Lunatic asylums in Bengal annual reports 1899-1911 - 1899-1911
Year: 1899
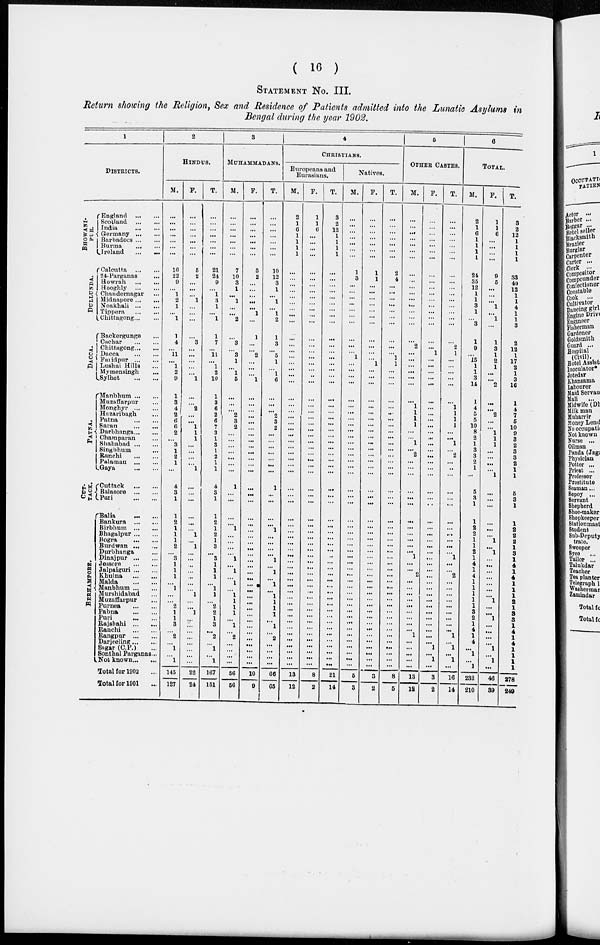
( 16 )
STATEMENT No. III.
Return showing the Religion, Sex and Residence of Patients admitted into the Lunatic Asylums in
Bengal during the year 1902.
1
DISTRICTS.
B HOWANIP -
PUR.
DULLUNDA.
DACCA.
PATNA.
CUT-
TACK.
BERHAMPORE.
England
...
...
Scotland
...
...
India
...
...
Germany ... ...
Barbadoes ... ...
Burma
...
...
Ireland
...
...
Calcutta
...
...
24-Parganas ...
Howrah
...
...
Hooghly
...
...
Chandernagar ...
Midnapore ... ...
Noakhali
...
...
Tippera
...
...
Chittagong ... ...
Backergunge ...
Cachar
...
...
Chittagong ... ...
Dacca
...
...
Faridpur
...
...
Lushai Hills ...
Mymensingh ...
Sylhet
...
...
Manbhum ... ...
Muzuffarpur ...
Monghyr
...
...
Hazaribagh ...
Patna
...
...
Saran
...
...
Darbhanga ... ...
Champaran ...
Shahabad ... ...
Singbhum ...
Ranchi
...
...
Palaumu ... ...
Gaya ... ...
Cuttack
...
...
Balasore
...
...
Puri
...
...
Balia
...
...
Bankura
...
...
Birbhum
...
...
Bhagalpur ... ...
Bogra
...
...
Burdwan ... ...
Durbhanga ...
Dinajpur
...
...
Jessore
...
...
Jalpaiguri ... ...
Khulna
...
...
Malda
...
...
Manbhum ... ...
Murshidabad ...
Muzaffarpur ... ...
Purnea
...
...
Pabna
...
...
Puri
...
...
Rajsbahi
...
...
Ranchi
...
...
Rangpur
...
...
Darjeeling ... ...
Sagar (C.P.) ...
Sonlhal Parganas ...
Not known ... ...
Total for 1902 ...
Total for 1901 ...
2
HINDUS.
M.
...
...
...
...
...
...
...
16
22
9
...
1
2
1
...
1
1
4
...
11
...
1
2
9
1
3
4
2
6
6
2
...
3
1
2
1
...
4
3
1
1
2
1
1
1
2
...
3
1
1
1
...
1
...
...
2
1
1
3
...
2
...
1
...
1
145
127
F.
...
... ...
...
...
...
5
2
...
...
...
1
...
...
...
...
3
...
...
...
...
...
1
...
...
2
...
...
1
1
1
... ...
...
...
1
...
...
...
...
...
...
1
...
1
...
...
...
...
...
...
...
1
...
...
1
...
...
...
...
...
...
...
...
22
24
T.
...
...
...
...
...
...
...
21
24
9
...
1
3
1
...
1
1
7
...
11
...
1
2
10
1
3
6
2
6
7
3
1
3
1
2 1
1
4
3
1
1
2
1
2
1
3
...
3
1
1
1
...
1
1
...
2
2
1
3
...
2
...
1
...
1
167
161
3
MUHAMMADANS.
M.
...
...
...
...
...
...
7
10
3
1
...
1
...
...
2
...
3
...
3
1
...
1
5
...
...
...
2
3
2
...
...
... ...
...
...
...
1
...
...
...
...
1
...
...
...
...
1
...
1
...
1
...
1
1
1
1
...
1
...
2
...
...
...
...
56
56
F.
...
...
...
...
...
...
...
3
2
...
...
...
...
...
1
...
1
...
...
2
...
...
...
1
...
...
...
...
...
...
...
...
... ...
...
...
...
...
...
...
...
...
...
...
...
...
...
...
...
...
...
...
...
...
...
...
...
...
...
...
...
...
...
...
...
10
9
T.
...
...
...
...
...
...
...
10
12
3
1
...
1
...
1
2
1
3
...
5
1
...
1
6
...
...
...
2
3
2
...
...
... ...
...
...
...
1
...
...
...
...
1
...
...
...
...
1
...
1
...
1
...
1
1
1
1
...
1
...
2
...
...
...
...
66
65
4
CHRISTIANS.
Europeans and
Eurasians.
M.
2
1
6
1
1
1
1
...
...
...
...
...
...
...
...
...
...
...
...
...
...
...
...
...
...
...
...
...
...
...
...
...
... ...
...
...
...
...
...
...
...
...
...
...
...
...
...
...
...
...
...
...
...
...
...
...
...
...
...
...
...
...
...
...
...
13
12
F.
1
1
6
...
...
...
...
...
...
...
...
...
...
...
...
...
...
...
...
...
...
...
...
...
...
...
...
...
...
...
...
...
... ...
...
...
...
...
...
...
...
...
...
...
...
...
...
...
...
...
...
...
...
...
...
...
...
...
...
...
...
...
...
...
...
8
2
T.
3
2
12
1
1
1
1
...
...
...
...
...
...
...
...
...
...
...
...
...
...
...
...
...
...
...
...
...
...
...
...
...
... ...
...
...
...
...
...
...
...
...
...
...
...
...
...
...
...
...
...
...
...
...
...
...
...
...
...
...
...
...
...
...
...
21
14
Natives.
M.
...
...
...
...
...
...
...
1
3
...
...
...
...
...
...
...
...
...
...
1
...
...
...
...
...
...
...
...
...
...
...
...
... ...
...
...
...
...
...
...
...
...
...
...
...
...
...
...
...
...
...
...
...
...
...
...
...
...
...
...
...
...
...
...
...
5
3
F.
...
...
...
...
...
...
...
1
1
...
...
...
...
...
...
...
...
...
...
...
1
...
...
...
...
...
...
...
...
...
...
...
... ...
...
...
...
...
...
...
...
...
...
...
...
...
...
...
...
...
...
...
...
...
...
...
...
...
...
...
...
...
...
...
...
3
2
T.
...
...
...
...
...
...
...
2
4
...
...
...
...
...
...
...
...
...
...
1
1
...
...
...
...
...
...
...
...
...
...
...
... ...
...
...
...
...
...
...
...
...
...
...
...
...
...
...
...
...
...
...
...
...
...
...
...
...
...
...
...
...
...
...
...
8
5
5
OTHER CASTES.
M.
...
...
...
...
...
...
...
...
...
...
...
...
...
...
...
...
...
2
...
...
...
...
...
...
...
1
1
1
1
...
...
1
... 2
...
...
...
...
...
...
...
...
...
...
...
...
1
...
...
2
...
...
...
...
...
...
...
...
...
1
...
...
...
...
...
13
12
F.
...
...
... ...
...
...
...
...
...
...
...
...
...
...
...
...
...
...
1
...
...
...
...
...
...
...
...
...
...
...
...
...
... ...
...
...
...
...
...
...
...
...
...
...
...
...
...
...
...
...
...
...
...
...
...
...
...
...
...
...
...
1
...
1
...
3
2
T.
...
...
...
...
...
...
...
...
...
...
...
...
...
...
...
...
...
2
1
...
...
...
...
...
...
1
1
1
1
...
...
1
... 2
...
...
...
...
...
...
...
...
...
...
...
...
1
...
...
2
...
...
...
...
...
...
...
...
...
1
...
1
...
1
...
16
14
6
TOTAL.
M.
2
1
6
1
1
1
1
24
35
12
1
1
3
1
...
3
1
9
...
15
1
1
3
14
1
4
5
5
10
8
2
1
3
3
2
1
...
5
3
1
1
2
2
1
1
2
1
4
1
4
1
1
1
1
1
3
2
1
4
1
4
...
1
...
1
232
210
F.
1
1
6
...
...
...
...
9
5
...
...
...
1
...
1
...
1
3
1
2
1
...
...
2
...
...
2
...
...
1
1
1
... ...
...
...
1
...
...
...
...
...
...
1
...
1
...
...
...
...
...
...
...
1
...
...
1
...
...
...
...
1
...
1
...
46
39
T.
3
2
12
1
1
1
1
33
40
12
1
1
4
1
1
3
2
12
1
17
2
1
3
16
1
4
7
5
10
9
3
2
3
3
2
1
1
5
3
1
1
2
2
2
1
3
1
4
1
4
1
1
1
2
1
3
3 1
4
1
4
1
1
1
1
278
249